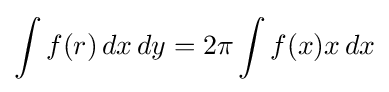
\int f(r)\,dx\,dy=2\pi \int f(x)x\,dx